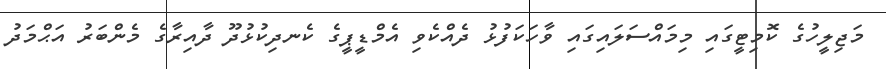
މަޖިލީހުގެ ކޮމިޓީގައި މިމައްސަލައިގައި ވާހަކަފުޅު ދެއްކެވި އެމްޑީޕީގެ ކެނދިކުޅުދޫ ދާއިރާގެ މެންބަރު އަޙްމަދު